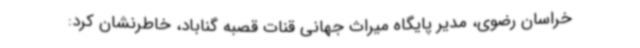
خراسان رضوی، مدیر پایگاه میراث جهانی قنات قصبه گناباد، خاطرنشان کرد: